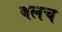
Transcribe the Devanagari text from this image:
बलच